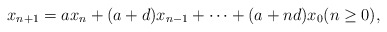
\begin{align*}x_{n+1}=ax_n+(a+d)x_{n-1}+\cdots+(a+nd)x_0 (n\geq 0),\end{align*}